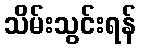
သိမ်းသွင်းရန်